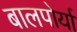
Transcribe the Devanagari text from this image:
बालपोर्या